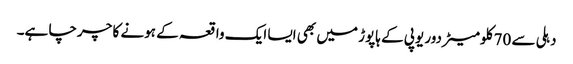
دہلی سے 70 کلومیٹر دور یوپی کے ہاپوڑ میں بھی ایسا ایک واقعہ کے ہونے کا چرچا ہے۔